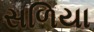
સળિયા